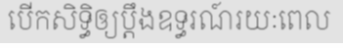
បើកសិទ្ធិឲ្យប្តឹងឧទ្ធរណ៍រយៈពេល